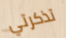
تذكرتي